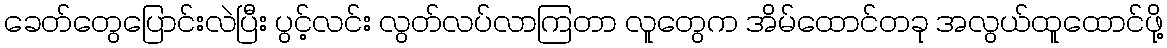
ခေတ်တွေပြောင်းလဲပြီး ပွင့်လင်း လွတ်လပ်လာကြတာ လူတွေက အိမ်ထောင်တခု အလွယ်ထူထောင်ဖို့